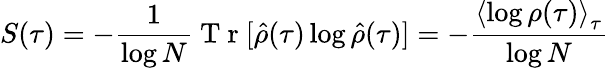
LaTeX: S(\tau)=-\frac{1}{\log N}\mathrm{~T~r~}[\hat{\rho}(\tau)\log\hat{\rho}(\tau)]=-\frac{\left<\log\rho(\tau)\right>_{\tau}}{\log N}